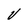
Character: V